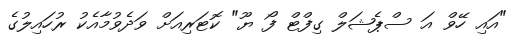
"އައި ހޭވް އަ ސްޕެޝަލް ގިފްޓް ފޯ ޔޫ" ކޮޓަރިއަށް ވަދެވުމާއެކު ރުހައިލުގެ